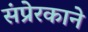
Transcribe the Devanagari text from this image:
संप्रेरकाने